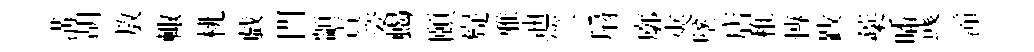
溝胡敖輙桃戯門顓責姿蝎頤嶷雅迪竺扇廓夾墜店稚慱跋蘃皤彧潼